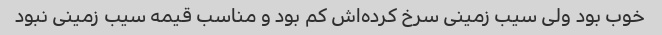
خوب بود ولی سیب زمینی سرخ کرده‌اش کم بود و مناسب قیمه سیب زمینی نبود